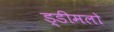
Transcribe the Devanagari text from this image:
ड्डीमलो